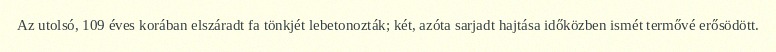
Az utolsó, 109 éves korában elszáradt fa tönkjét lebetonozták; két, azóta sarjadt hajtása időközben ismét termővé erősödött.